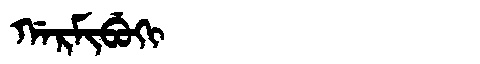
Manchu: ᡤᠠᡵᠮᡳᠪᡠᡴᡳ
Romanization: GARMIBUKI